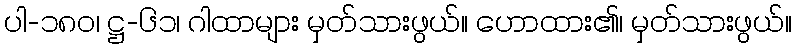
ပါ-၁၈၀၊ ဋ္ဌ-၆၁၊ ဂါထာများ မှတ်သားဖွယ်။ ဟောထား၏၊ မှတ်သားဖွယ်။